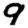
Digit: 9